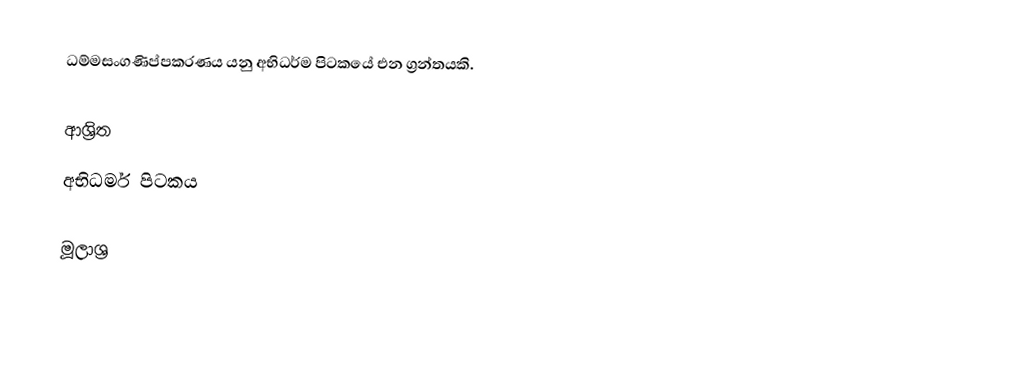
ධම්මසංගණිප්පකරණය යනු අභිධර්ම පිටකයේ එන ග්‍රන්තයකි.

ආශ්‍රිත
 අභිධර්ම පිටකය

මූලාශ්‍ර